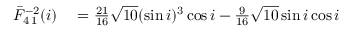
\begin{array} { r l } { \bar { F } _ { 4 \, 1 } ^ { - 2 } ( i ) } & { { } = \frac { 2 1 } { 1 6 } \sqrt { 1 0 } ( \sin i ) ^ { 3 } \cos i - \frac { 9 } { 1 6 } \sqrt { 1 0 } \sin i \cos i } \end{array}